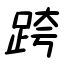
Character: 跨